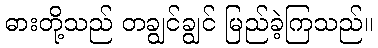
ဓားတို့သည် တချွင်ချွင် မြည်ခဲ့ကြသည်။